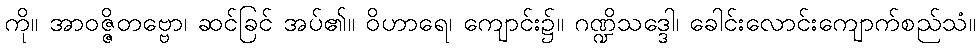
ကို။ အာဝဇ္ဇိတဗ္ဗော၊ ဆင်ခြင် အပ်၏။ ဝိဟာရေ၊ ကျောင်း၌။ ဂဏ္ဍိသဒ္ဒေါ၊ ခေါင်းလောင်းကျောက်စည်သံ။